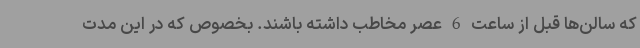
که سالن‌ها قبل از ساعت 6 عصر مخاطب داشته باشند. بخصوص که در این مدت